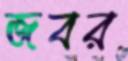
জবর